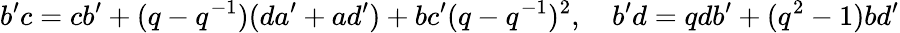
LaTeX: b^{\prime}c=cb^{\prime}+(q-q^{-1})(da^{\prime}+ad^{\prime})+bc^{\prime}(q-q^{-1})^{2},\quad b^{\prime}d=qdb^{\prime}+(q^{2}-1)bd^{\prime}